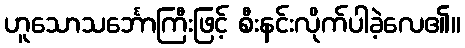
ဟူသောသင်္ဘောကြီးဖြင့် စီးနင်းလိုက်ပါခဲ့လေ၏။